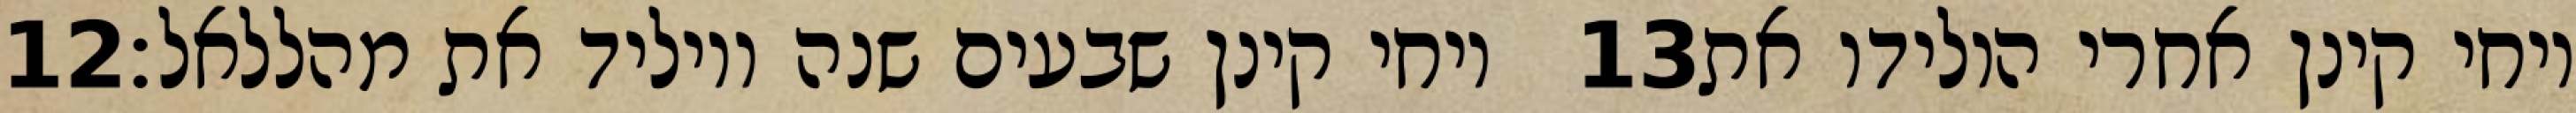
‎12‏ ויחי קינן שבעים שנה ויוליד את מהללאל׃ ‎13‏ ויחי קינן אחרי הולידו את